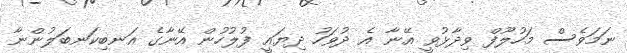
ނަމަވެސް މަހުލޫފް ވިދާޅުވީ އޭނާ އެ ދުވަހު ދިޔައީ ފުލުހުން އޭނާގެ އަނބިކަނބަލުންނާ